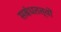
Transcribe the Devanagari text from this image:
सबंधतत्वों